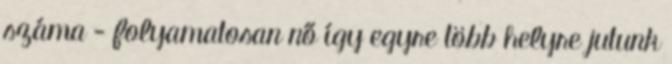
száma - folyamatosan nő így egyre több helyre jutunk